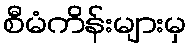
စီမံကိန်းများမှ